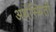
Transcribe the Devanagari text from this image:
अर्थस्थिती